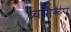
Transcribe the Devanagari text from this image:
ध्वनिरूप